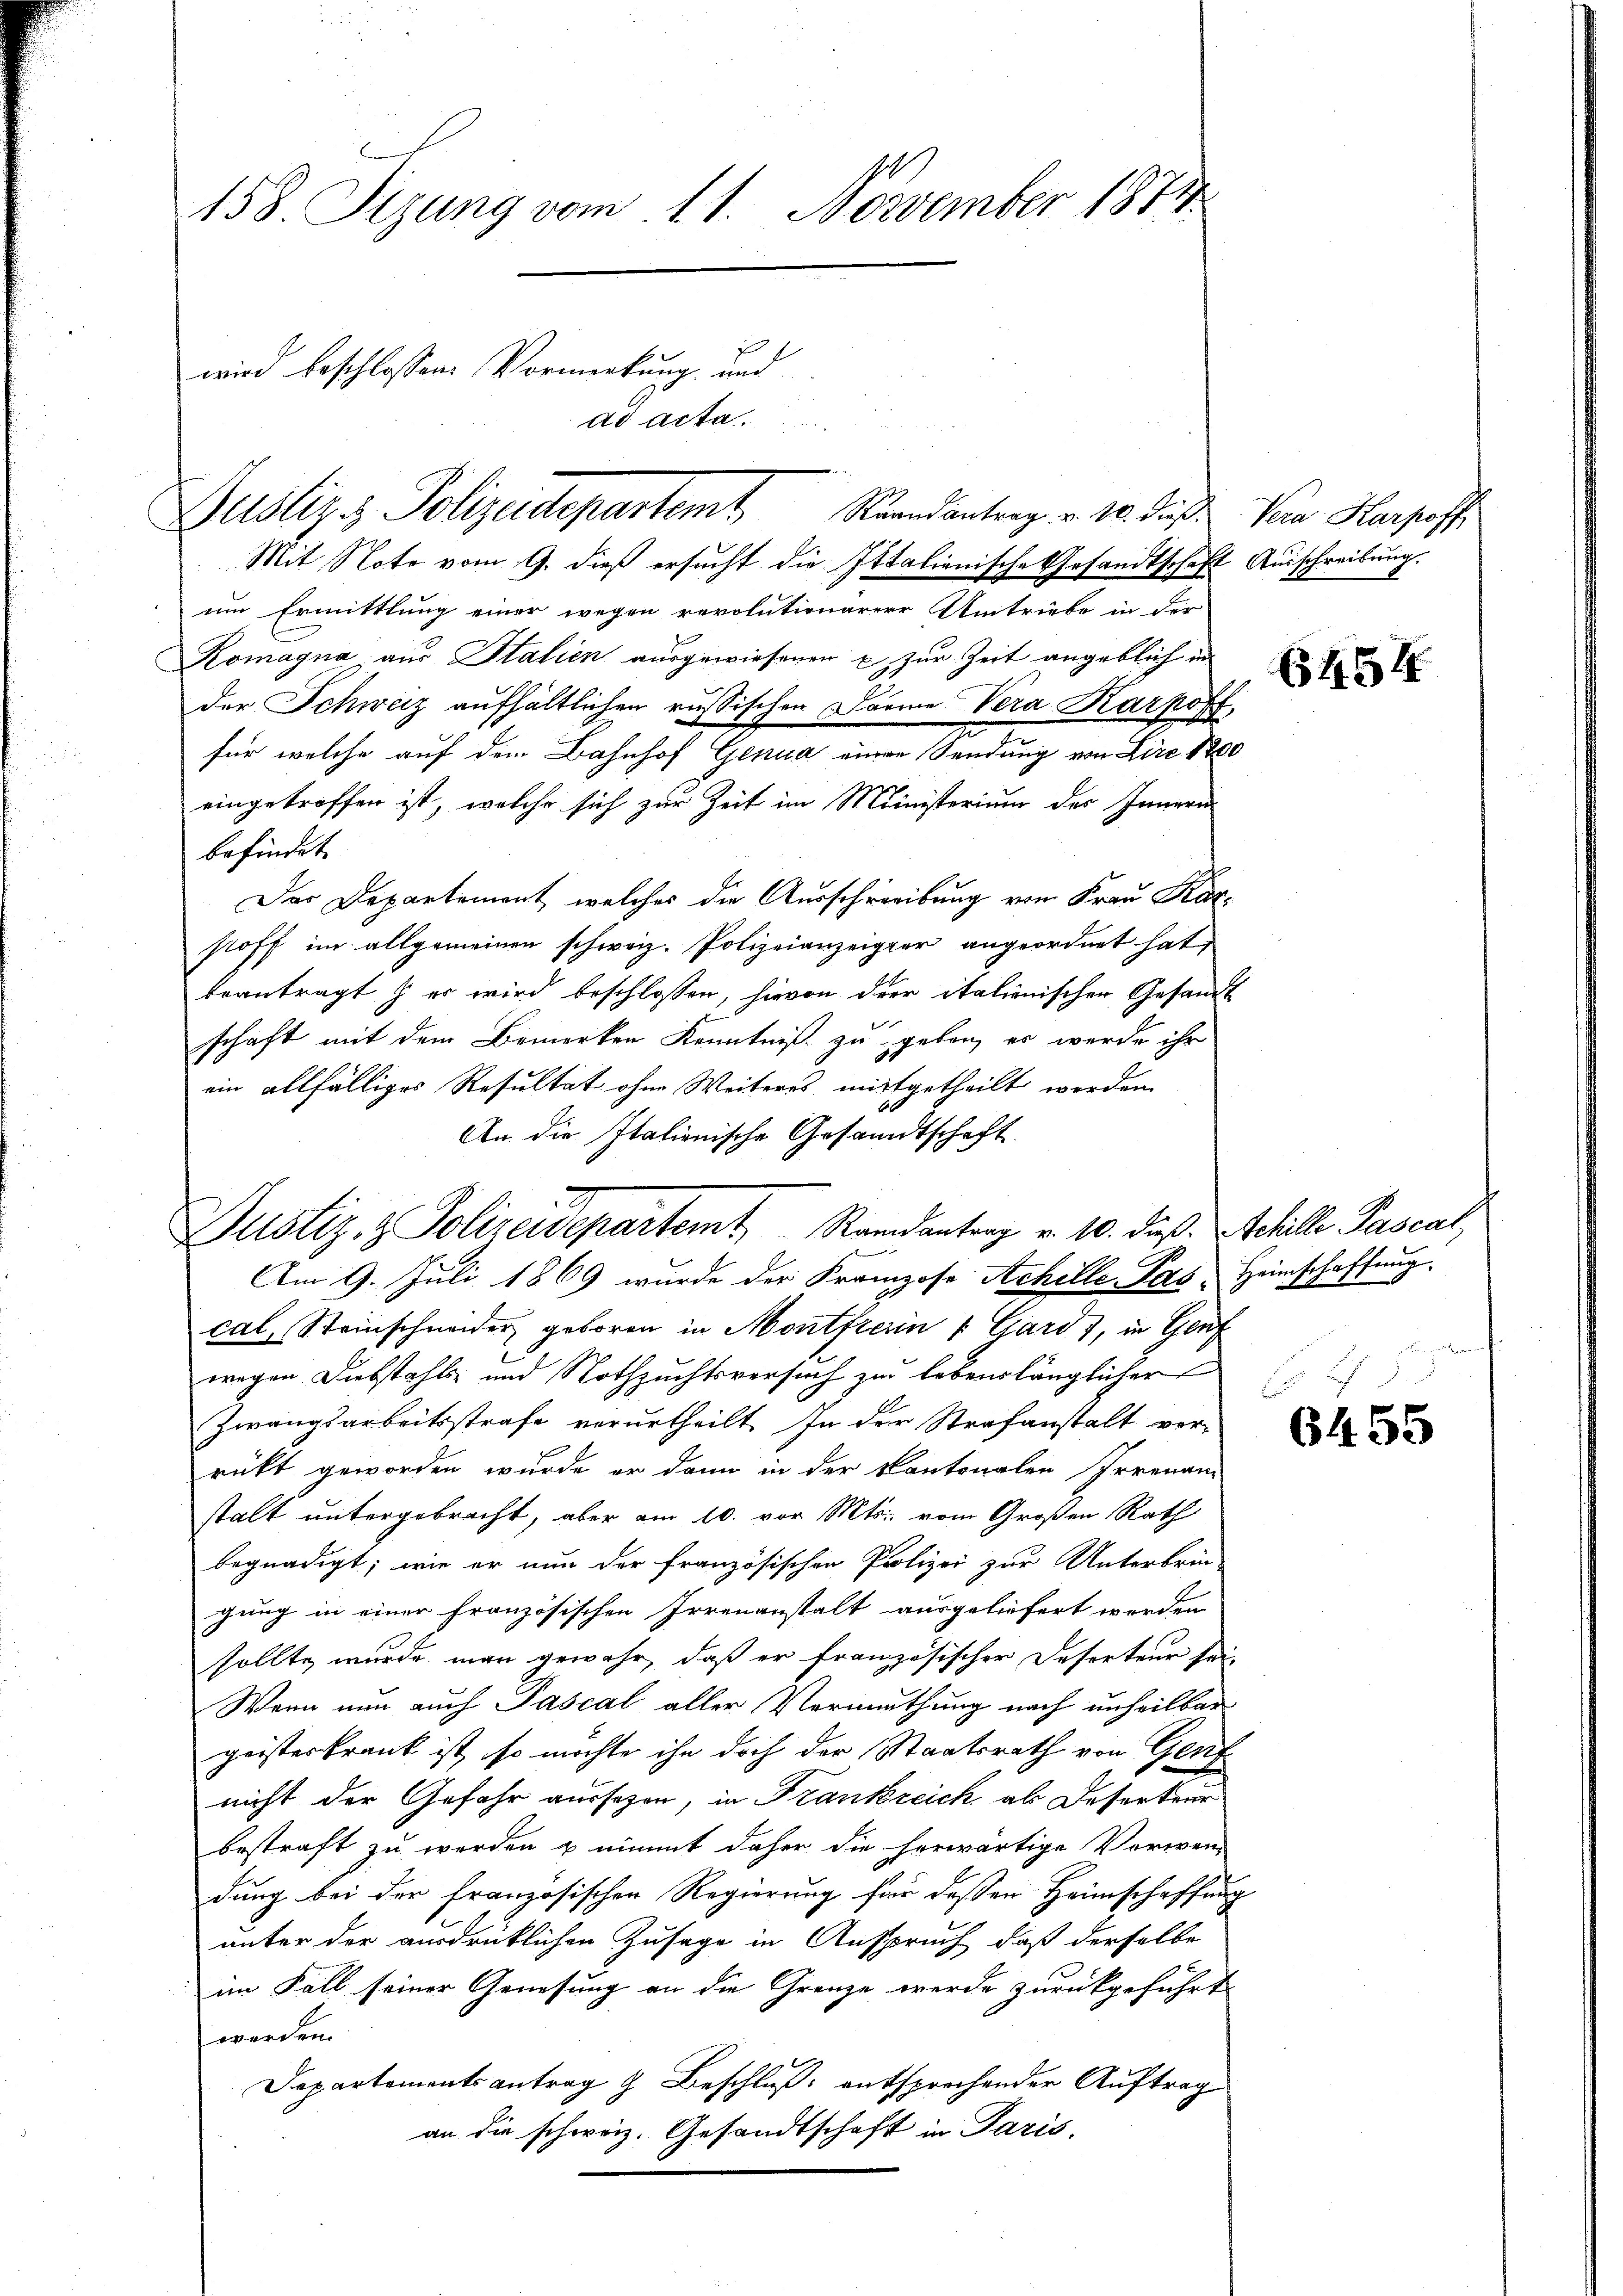
Justiz & Polizeidepartemt Raandantrag v. 10. dieß Vor Harproffe

158. Sizung vom 11. November 1874
wird beschlossen: Vormerkung und
dd Acta

Mit Note vom 9. dieß ersucht die Italienische Gesandtschaft Ausschreibung.
um Ermittlung einer wegen revolutionärere Umtriebe in der
Komagna aus Italien ausgewiesenen u. zur Zeit angeblich in
der Schweiz aufhältlichen russischen Darme Vera Karpoff
für welche auf dem Bahnhof Genua einer Sendung von Lire 1800
eingetroffen ist, welche sich zur Zeit im Ministerium des Innern
befindet.
Das Departement, welches die Ausschreibung vom Frau Karstoff im allgemeinen schweiz. Polizeianzeiger angeordnet hat,
beantragt & er wird beschlossen, hievon der italienischer Gesandt
schaft mit dem Bemerken Kenntniß zu geben, es werde ihr
ein allfälliges Resultat ohne Weiteres mitgetheilt werden.
An die Italienische Gesandtschaft
Justiz- & Polizeidepartemt Randantrag v. 10. dieß. Schille Pascat,
Am 9. Juli 1869 wurde der Franzose Achille Pas, Heimschaffung
cal, Steinschneider geboren in Montfrerin & Gard), in Genf
wegen Diebstahls und Nothzuchtsversuch zu lebenslänglicher
Zwangsarbeitsstrafe verurtheilt. In der Strafanstalt ver-
rückt geworden wurde er dann in der Kantonalen Irrenan
stalt untergebracht, aber am 10. vor Mts. vom Großen Rath
begnadigt; wie er nun der französischen Polizei zur Unterbrin-
gung in einer französischen Irrenanstalt ausgeliefert worden
sollte wurde man gewahr, daß er französischer Deserteur sei-
Wenn nun auch Pascal aller Vermuthung nach unheilbar
geisterkrank ist, so möchte ihn doch der Staatsrath von Gen
nicht der Gefahr aussagen, in Frankreich ab Deserteur
bestraft zu werden u nimmt daher die herwärtige Vorwen-
dung bei der französischen Regierung für deßen Heimschaffung
unter der ausdrüklichen Zusage in Anspruch, daß derselbe
im Fall seiner Genesung an die Grenze werde zurückgeführt
werden.
Departementsantrag & Beschluß entsprechender Auftrag
an die schweiz. Gesandtschaft in Paris.

645

e

6455